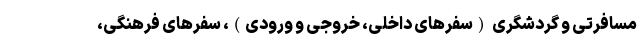
مسافرتی و گردشگری (سفر‌های داخلی، خروجی و ورودی)، سفر‌های فرهنگی،